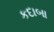
કદાબા